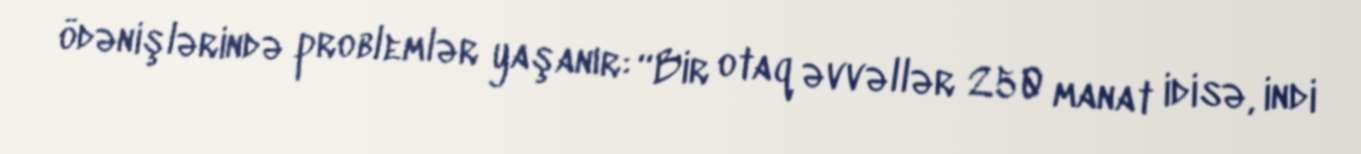
ödənişlərində problemlər yaşanır: “Bir otaq əvvəllər 250 manat idisə, indi